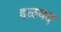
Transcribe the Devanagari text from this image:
हळवद